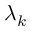
\lambda _ { k }